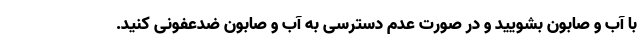
با آب و صابون بشویید و در صورت عدم دسترسی به آب و صابون ضدعفونی کنید.